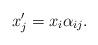
LaTeX: \begin{align*}\begin{aligned} x_j'=x_i\alpha_{ij}. \end{aligned}\end{align*}